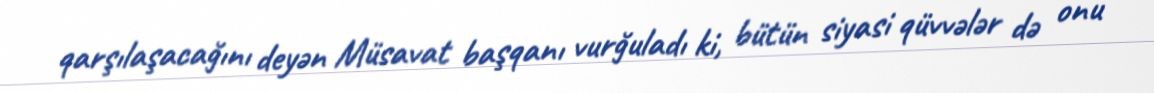
qarşılaşacağını deyən Müsavat başqanı vurğuladı ki, bütün siyasi qüvvələr də onu